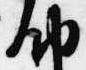
納